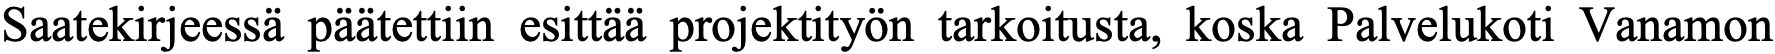
Saatekirjeessä päätettiin esittää projektityön tarkoitusta, koska Palvelukoti Vanamon